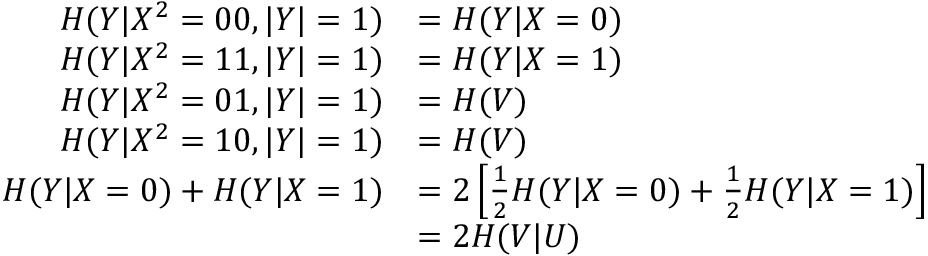
\begin{array} { r l } { H ( { Y } | { X } ^ { 2 } = 0 0 , | { Y } | = 1 ) } & { = H ( Y | X = 0 ) } \\ { H ( { Y } | { X } ^ { 2 } = 1 1 , | { Y } | = 1 ) } & { = H ( Y | X = 1 ) } \\ { H ( { Y } | { X } ^ { 2 } = 0 1 , | { Y } | = 1 ) } & { = H ( V ) } \\ { H ( { Y } | { X } ^ { 2 } = 1 0 , | { Y } | = 1 ) } & { = H ( V ) } \\ { H ( Y | X = 0 ) + H ( Y | X = 1 ) } & { = 2 \left[ \frac { 1 } { 2 } H ( Y | X = 0 ) + \frac { 1 } { 2 } H ( Y | X = 1 ) \right] } \\ & { = 2 H ( V | U ) } \end{array}